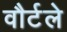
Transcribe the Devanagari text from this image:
वौर्टले